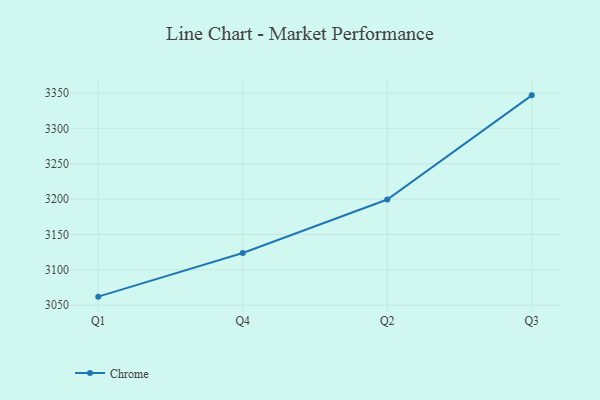
{"axis": {"x": "Quarter", "y": "Inventory Turnover"}, "legend": ["Chrome"], "data": [{"x": "Q1", "y": 3062.2, "type": "Chrome"}, {"x": "Q4", "y": 3123.9, "type": "Chrome"}, {"x": "Q2", "y": 3199.4, "type": "Chrome"}, {"x": "Q3", "y": 3346.6, "type": "Chrome"}]}